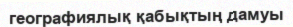
географиялық қабықтың дамуы